Annual report on the health of the army in India
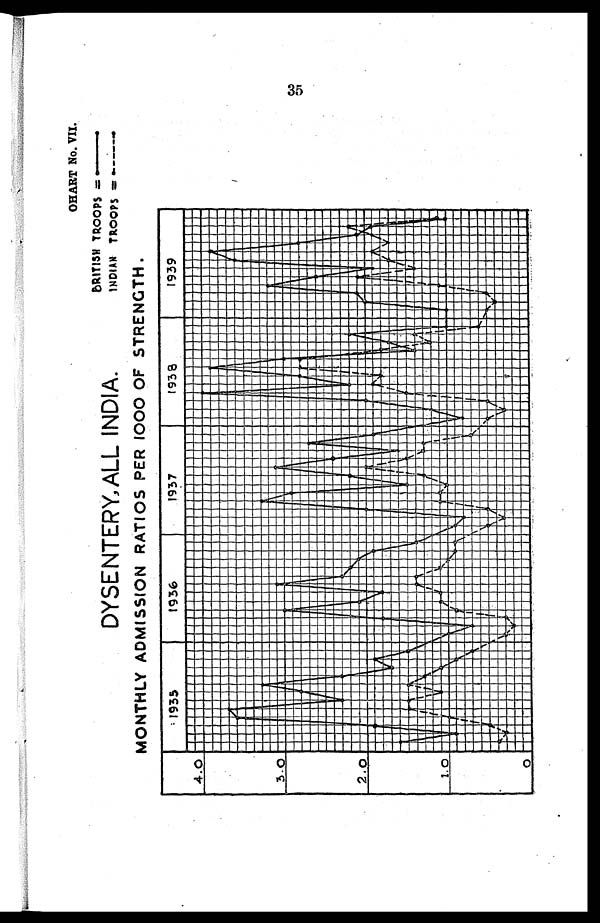
OHART NO.VII.
BRITISH
T R O O P S = —
INDIAN TROOPS =—
DYSENTERY,ALL INDIA
MONTHLY ADMISSION RATIOS PER 1000 OF STRENGTH.